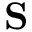
\mathbf { S }